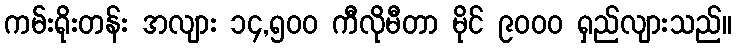
ကမ်းရိုးတန်း အလျား ၁၄,၅၀၀ ကီလိုမီတာ မိုင် ၉၀၀၀ ရှည်လျားသည်။